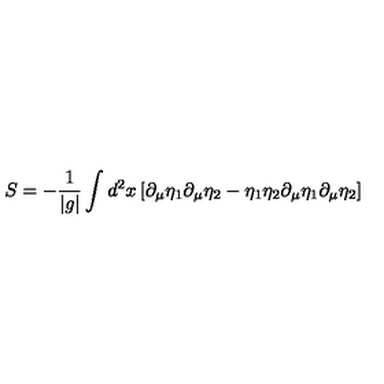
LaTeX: S = - { \frac { 1 } { | g | } } \int d ^ { 2 } x \left[ \partial _ { \mu } \eta _ { 1 } \partial _ { \mu } \eta _ { 2 } - \eta _ { 1 } \eta _ { 2 } \partial _ { \mu } \eta _ { 1 } \partial _ { \mu } \eta _ { 2 } \right]